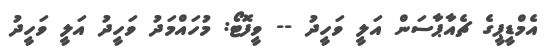
އެމްޑީޕީގެ ޗެއާޕާސަން އަލީ ވަހީދު -- ވީފޮޓޯ: މުހައްމަދު ވަހީދު އަލީ ވަހީދު